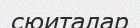
сюиталар